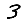
Digit: 3